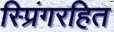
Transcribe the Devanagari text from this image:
स्प्रिंगरहित